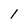
Character: I